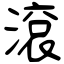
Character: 滾